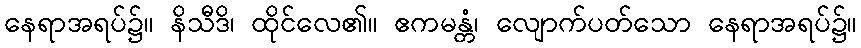
နေရာအရပ်၌။ နိသီဒိ၊ ထိုင်လေ၏။ ဧကမန္တံ၊ လျောက်ပတ်သော နေရာအရပ်၌။